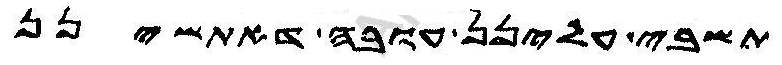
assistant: תשבי עלינן עובה דאתשינן